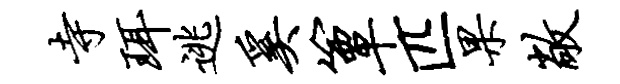
寺珥逃奚簟匹果敞